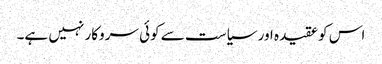
اس کو عقیدہ اور سیاست سے کوئی سروکار نہیں ہے۔